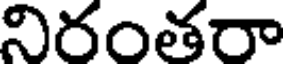
నిరంతరా